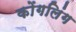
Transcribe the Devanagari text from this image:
कोंगलिंग